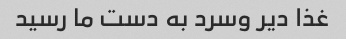
غذا دیر وسرد به دست ما رسید